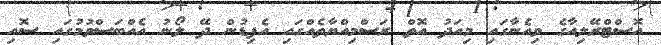
އޮސްޓްރޭލިއާގެ ވިއެނާގައި މިއަދު އޮތް ރަސްމިއްޔާތެއްގައި އެފިޑުން ދޭ ލޯނު އެއްބަސްވުމުގައި ސޮއި